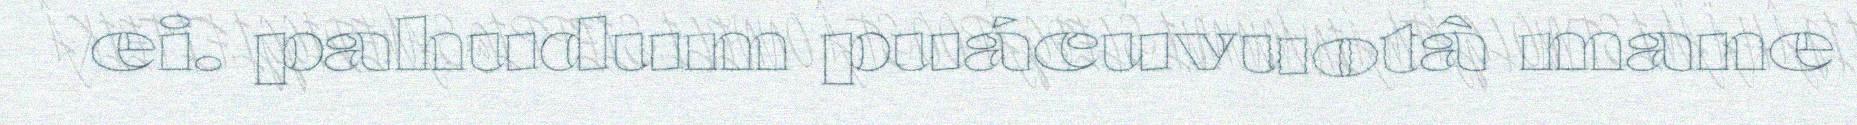
ei. pahudum puácuvuotâ mane